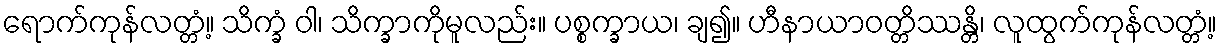
ရောက်ကုန်လတ္တံ့။ သိက္ခံ ဝါ၊ သိက္ခာကိုမူလည်း။ ပစ္စက္ခာယ၊ ချ၍။ ဟီနာယာဝတ္တိဿန္တိ၊ လူထွက်ကုန်လတ္တံ့။